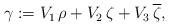
LaTeX: \begin{align*} \aligned\gamma:=V_1\,\rho+V_2\,\zeta+V_3\,\overline\zeta,\endaligned\end{align*}